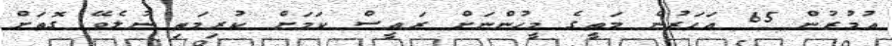
އުމުރުން 65 އަހަރުން މަތީގެ މީހުންނަށް ރައީސް ކަމަށް ކުރިމަތި ނުލެވޭ ގޮތަށް